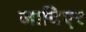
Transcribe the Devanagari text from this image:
जाविएर